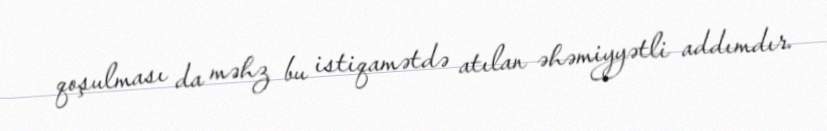
qoşulması da məhz bu istiqamətdə atılan əhəmiyyətli addımdır.